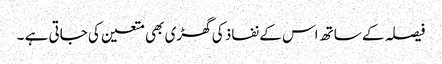
فیصلہ کے ساتھ اس کے نفاذ کی گھڑی بھی متعین کی جاتی ہے ۔